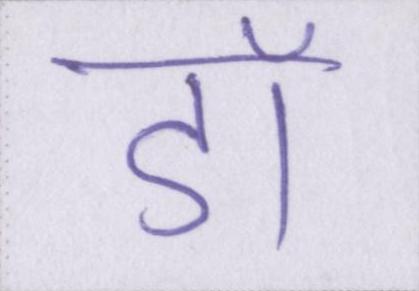
डॉ